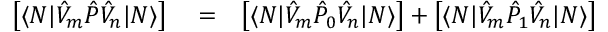
\begin{array} { r l r } { \left[ \langle N | \hat { V } _ { m } \hat { P } \hat { V } _ { n } | N \rangle \right] } & { { } = } & { \left[ \langle N | \hat { V } _ { m } \hat { P } _ { 0 } \hat { V } _ { n } | N \rangle \right] + \left[ \langle N | \hat { V } _ { m } \hat { P } _ { 1 } \hat { V } _ { n } | N \rangle \right] } \end{array}